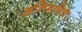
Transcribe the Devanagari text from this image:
अतिमात्रेचा